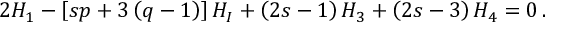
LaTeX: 2 H _ { 1 } - \left[ s p + 3 \left( q - 1 \right) \right] H _ { I } + \left( 2 s - 1 \right) H _ { 3 } + \left( 2 s - 3 \right) H _ { 4 } = 0 \, .